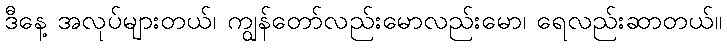
ဒီနေ့ အလုပ်များတယ်၊ ကျွန်တော်လည်းမောလည်းမော၊ ရေလည်းဆာတယ်။